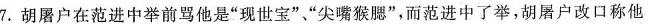
7.胡屠户在范进中举前骂他是”现世宝””尖嘴猴腮”，而范进中了举，胡屠户改口称他